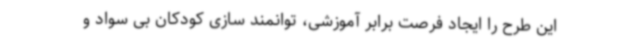
این طرح را ایجاد فرصت برابر آموزشی، توانمند سازی کودکان بی سواد و